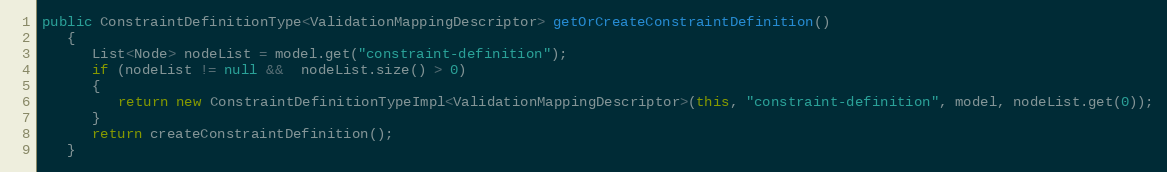
Language: Java
public ConstraintDefinitionType<ValidationMappingDescriptor> getOrCreateConstraintDefinition()
   {
      List<Node> nodeList = model.get("constraint-definition");
      if (nodeList != null &&  nodeList.size() > 0)
      {
         return new ConstraintDefinitionTypeImpl<ValidationMappingDescriptor>(this, "constraint-definition", model, nodeList.get(0));
      }
      return createConstraintDefinition();
   }